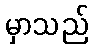
မှာသည်